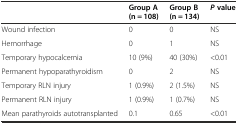
<table><thead><tr><td></td><td><b>Group A (n = 108)</b></td><td><b>Group B (n = 134)</b></td><td><b><i>P</i>value</b></td></tr></thead><tbody><tr><td>Wound infection</td><td>0</td><td>0</td><td>NS</td></tr><tr><td>Hemorrhage</td><td>0</td><td>1</td><td>NS</td></tr><tr><td>Temporary hypocalcemia</td><td>10 (9%)</td><td>40 (30%)</td><td>&lt;0.01</td></tr><tr><td>Permanent hypoparathyroidism</td><td>0</td><td>2</td><td>NS</td></tr><tr><td>Temporary RLN injury</td><td>1 (0.9%)</td><td>2 (1.5%)</td><td>NS</td></tr><tr><td>Permanent RLN injury</td><td>1 (0.9%)</td><td>1 (0.7%)</td><td>NS</td></tr><tr><td>Mean parathyroids autotransplanted</td><td>0.1</td><td>0.65</td><td>&lt;0.01</td></tr></tbody></table>